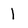
Character: 1